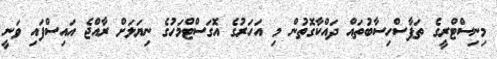
މިނިސްޓްރީގެ ތަފާސްހިސާބުތައް ދައްކާގޮތުން މި އަހަރުގެ އޮގަސްޓްމަހުގެ ނިޔަލަށް ރާއްޖެ އައިސްފައި ވަނީ